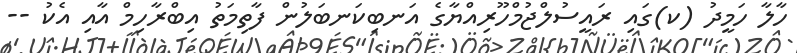
ހާލާ ހަމީދު (ކ)ގައި ރައީސުލްޖުމްހޫރިއްޔާގެ އަނބިކަނބަލުން ފާތިމަތު އިބްރާހިމް އާއި އެކު --